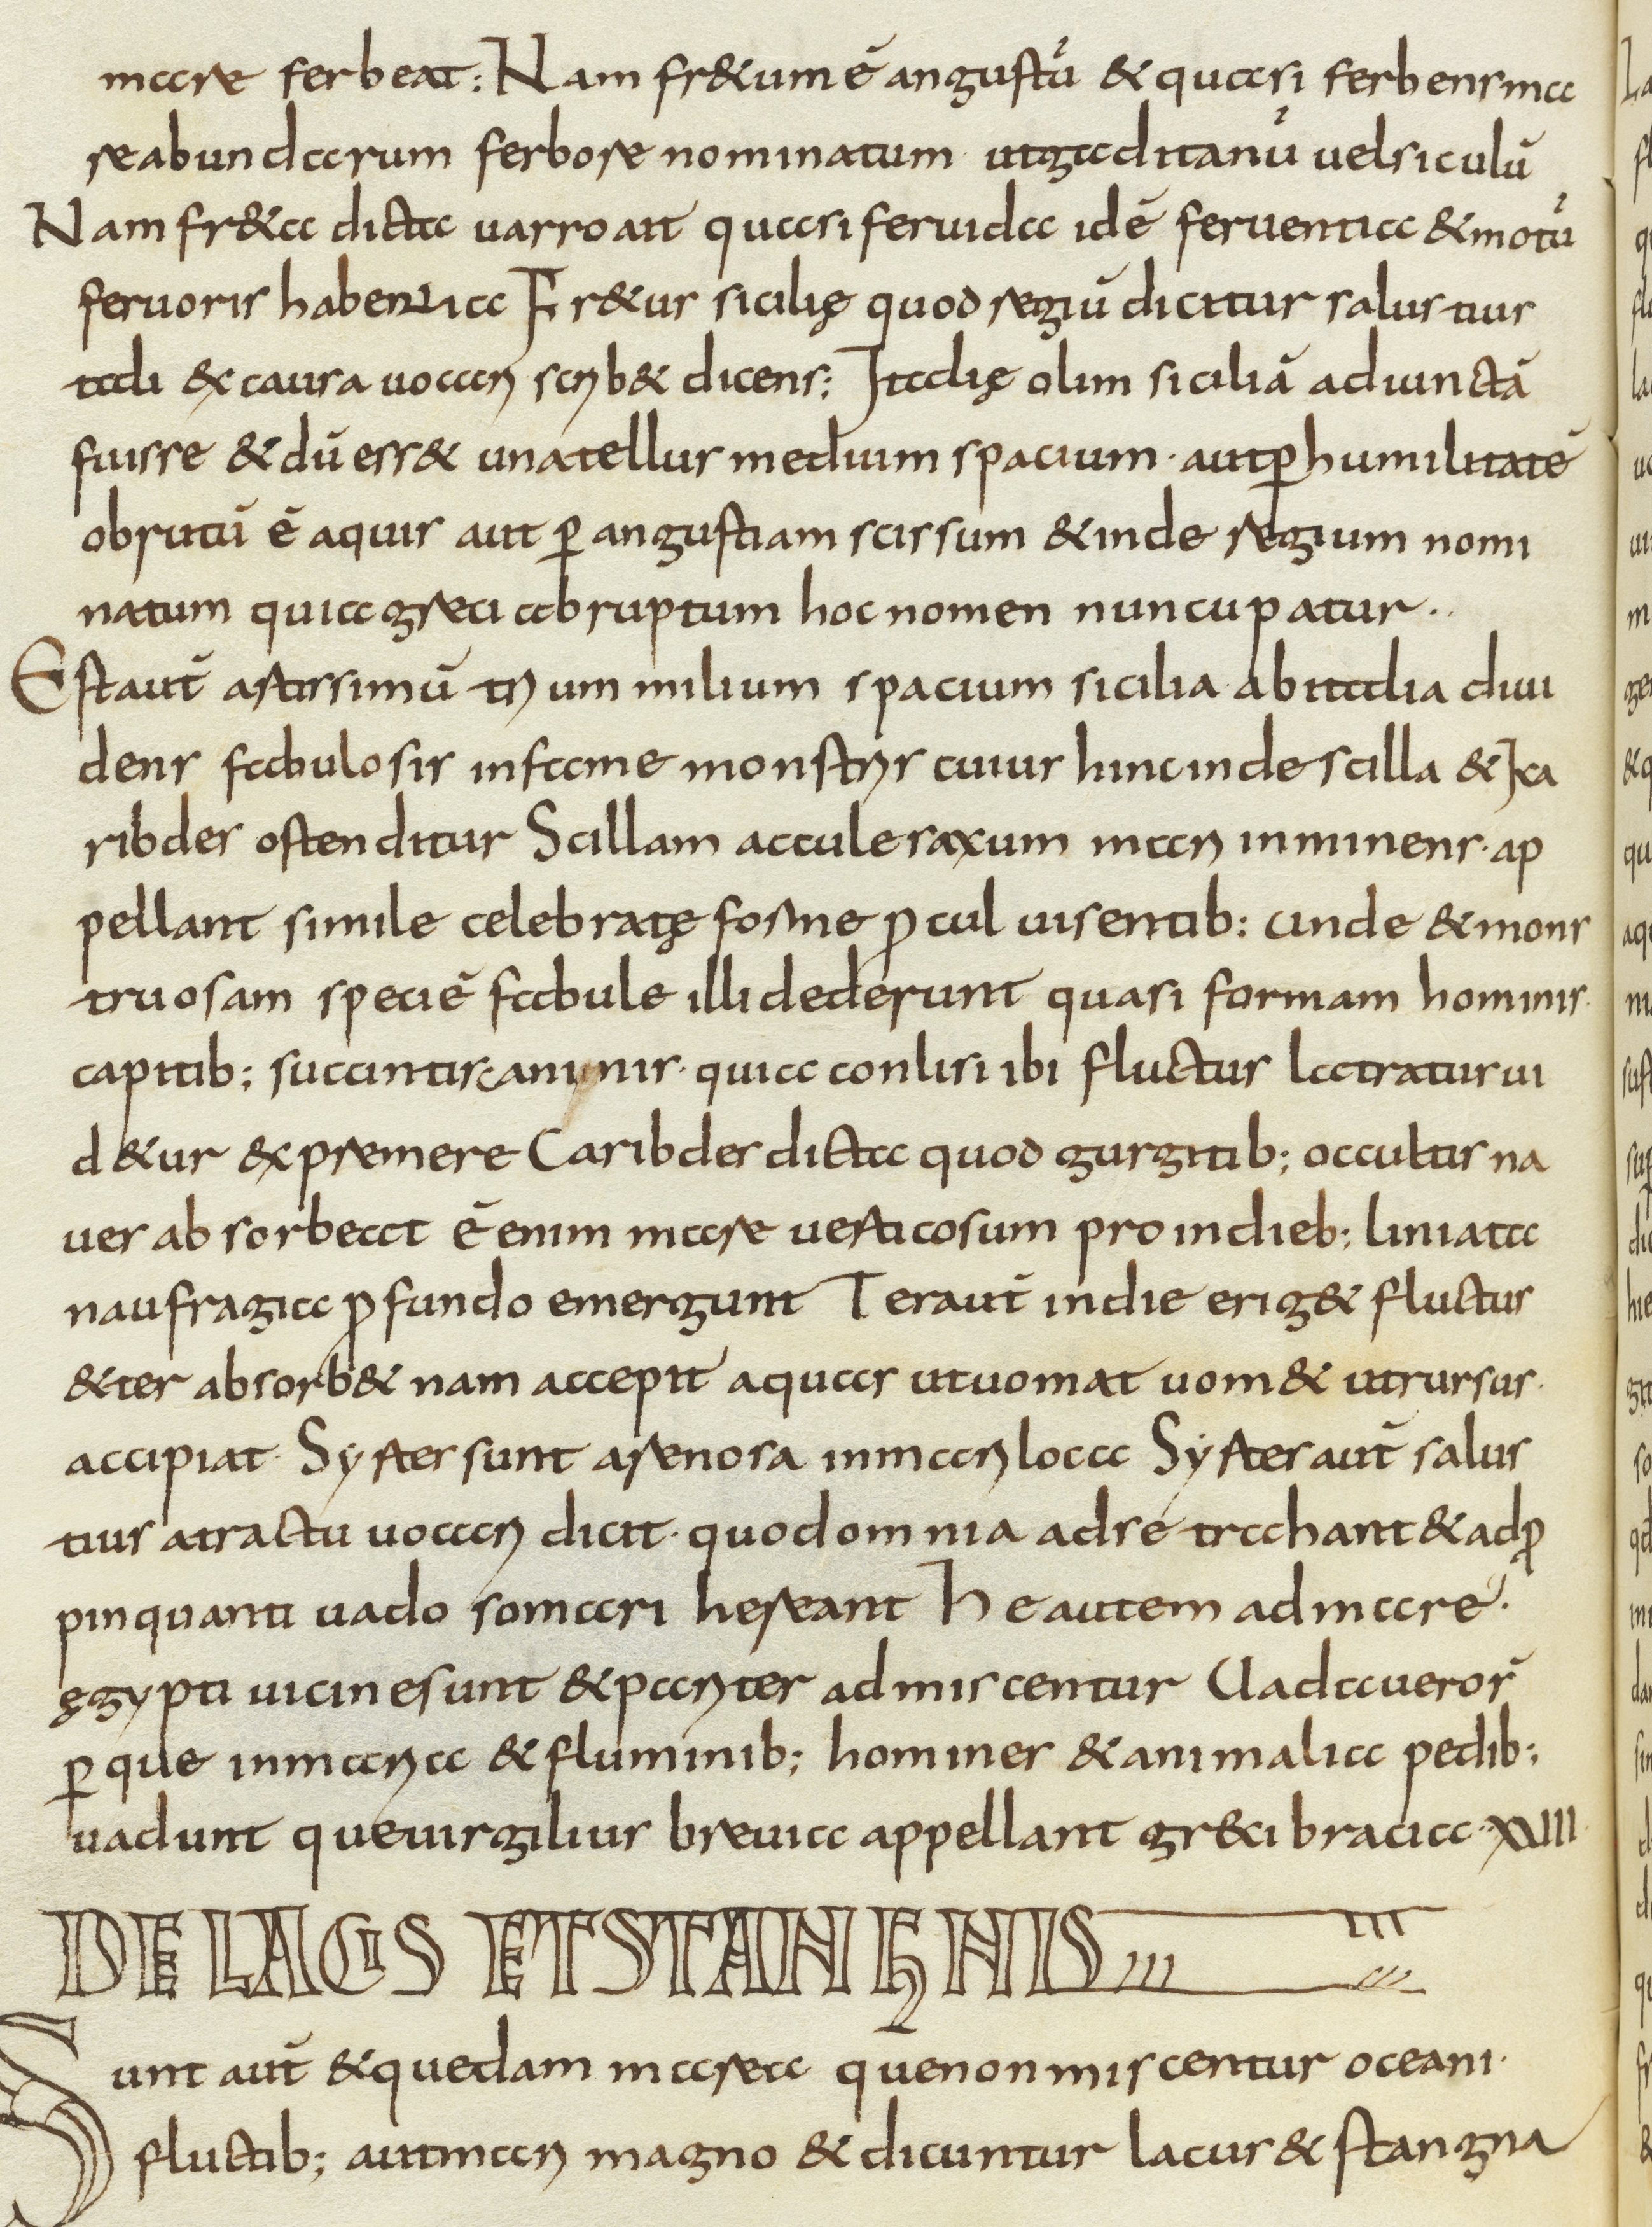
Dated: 800–830